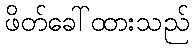
ဖိတ်ခေါ်ထားသည်